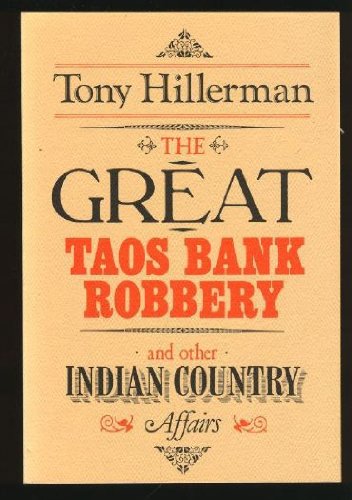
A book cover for The Great Taos Bank Robbery: And Other Indian Country Affairs; Tony Hillerman; Travel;